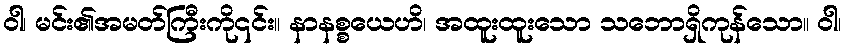
ဝါ၊ မင်း၏အမတ်ကြီးကို၎င်း။ နာနစ္စယေဟိ၊ အထူးထူးသော သဘောရှိကုန်သော။ ဝါ၊